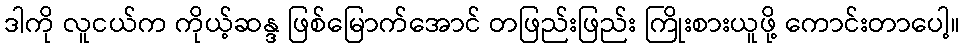
ဒါကို လူငယ်က ကိုယ့်ဆန္ဒ ဖြစ်မြောက်အောင် တဖြည်းဖြည်း ကြိုးစားယူဖို့ ကောင်းတာပေါ့။